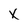
Character: X